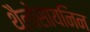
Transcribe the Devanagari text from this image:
थैलोसायनिन